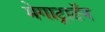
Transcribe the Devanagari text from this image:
मेगाट्राटॅन